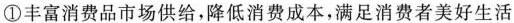
①丰富消费品市场供给，降低消费成本，满足消费者美好生活